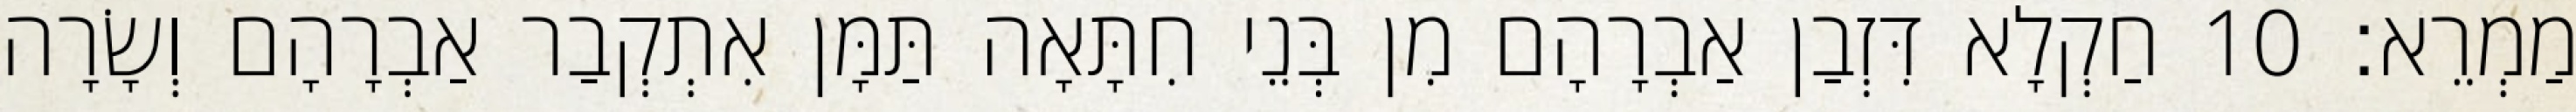
מַמְרֵא׃ 10 חַקְלָא דִּזְבַן אַבְרָהָם מִן בְּנֵי חִתָּאָה תַּמָּן אִתְקְבַר אַבְרָהָם וְשָׂרָה